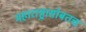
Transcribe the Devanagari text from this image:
महाराष्ट्रासोबतच